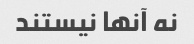
نه آنها نیستند